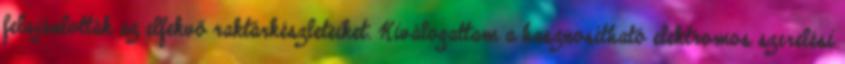
felajánlották az elfekvő raktárkészleteiket. Kiválogattam a hasznosítható elektromos szerelési